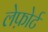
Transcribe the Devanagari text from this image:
लेफ़ोर्ट